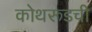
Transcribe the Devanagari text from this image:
कोथरूडची